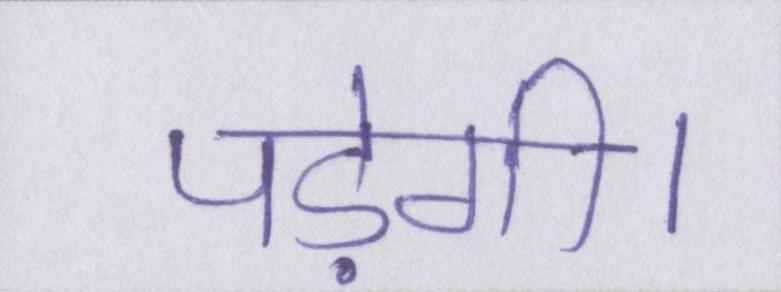
पड़ेगी।